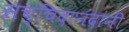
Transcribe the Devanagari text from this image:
सच्चिदानंदांनी